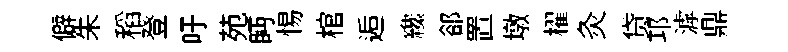
僻朱稻登吁苑眄惕棺逅纔郤置墩櫂灸贷邛滹鼎